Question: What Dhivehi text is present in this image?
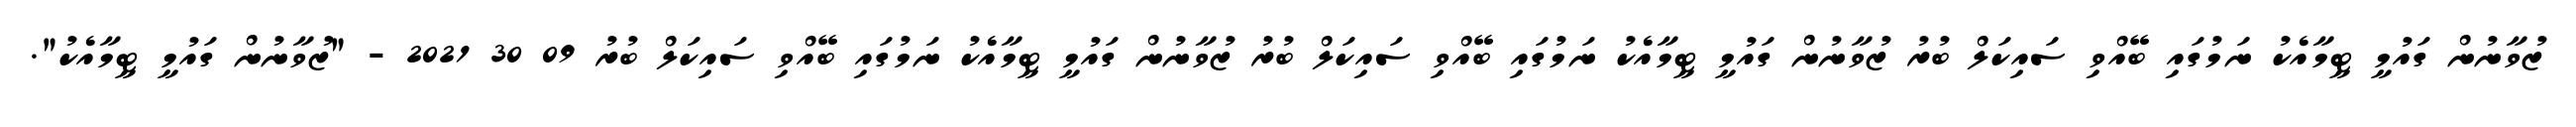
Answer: ޒުވާނުން ގައުމީ ޓީމާއެކު ނަމުގައި ބޭއްވި ސައިކަލް ބުރު ޒުވާނުން ގައުމީ ޓީމާއެކު ނަމުގައި ބޭއްވި ސައިކަލް ބުރު ޒުވާނުން ގައުމީ ޓީމާއެކު ނަމުގައި ބޭއްވި ސައިކަލް ބުރު 09 30 2021 - "ޒުވާނުން ގައުމީ ޓީމާއެކު".